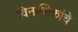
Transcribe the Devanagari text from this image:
विनाशिकांचे